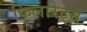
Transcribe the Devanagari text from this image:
फिलारेट्स